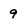
Character: 9